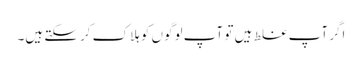
اگر آپ غلط ہیں تو آپ لوگوں کو ہلاک کرسکتے ہیں۔